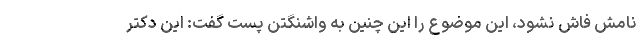
نامش فاش نشود، این موضوع را این چنین به واشنگتن پست گفت: این دکتر